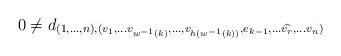
LaTeX: \begin{align*}\begin{aligned}0&\neq d_{(1,\ldots, n),(v_1, \ldots v_{w^{-1}(k)},\ldots,v_{h(w^{-1}(k))},e_{k-1} ,\ldots \widehat{v_{r}}, \ldots v_n)}\\\end{aligned}\end{align*}